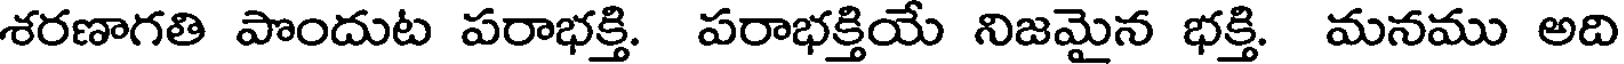
శరణాగతి పొందుట పరాభక్తి. పరాభక్తియే నిజమైన భక్తి. మనము అది